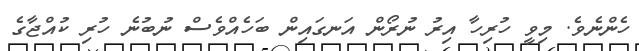
ހެންނެވެ. މިވީ ހުރިހާ އިރު ނުރޯން އަނގައިން ބަހެއްވެސް ނުބުނެ ހުރި ކުއްޖާގެ